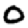
Digit: 0